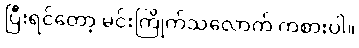
ပြီးရင်တော့ မင်းကြိုက်သလောက် ကစားပါ။